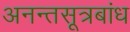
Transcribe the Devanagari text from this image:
अनन्तसूत्रबांध